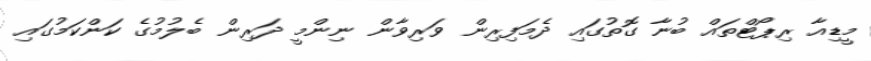
މީޑިއާ ރިޕޯޓްތައް ބުނާ ގޮތުގައި ދެމަފިރިން ވަރިވާން ނިންމީ ދަރިން ބެލުމުގެ ކަންކަމުގައި